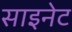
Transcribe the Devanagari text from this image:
साइनेट